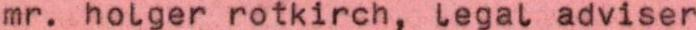
mr. holger rotkirch, legal adviser